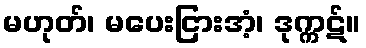
မဟုတ်၊ မပေးငြားအံ့၊ ဒုက္ကဋ်။